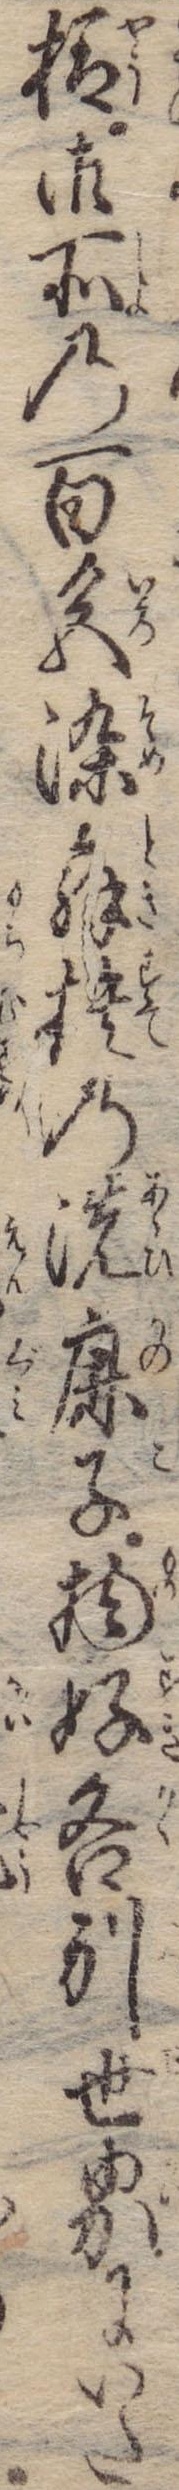
様御所の百色染解捨の洗鹿子物好各別世界にいた